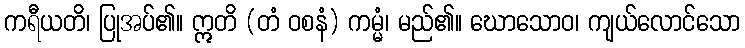
ကရီယတိ၊ ပြုအပ်၏။ ဣတိ (တံ ဝစနံ) ကမ္မံ၊ မည်၏။ ဃောသောဝ၊ ကျယ်လောင်သော